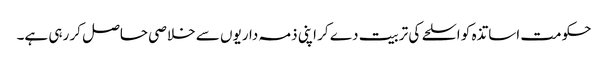
حکومت اساتذہ کو اسلحے کی تربیت دے کر اپنی ذمہ داریوں سے خلاصی حاصل کر رہی ہے۔